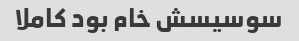
سوسیسش خام بود کاملا